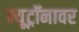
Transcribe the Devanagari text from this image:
न्यूट्रॉनावर